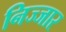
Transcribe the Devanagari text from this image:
निज्जार